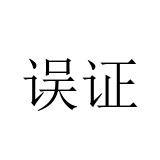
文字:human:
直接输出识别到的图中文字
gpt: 误证